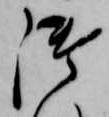
御